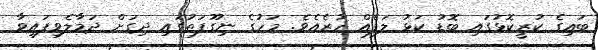
ބައިގެ ކުރީކޮޅުގައި ބޮޑު ކަޅު ލަފެއް ހުރެއެވެ. މަހުގެ ނިގޫފަތުގައި ދިގަށް ދަމާލެވިފައިވާ